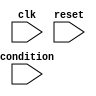
module loop_module(
    input wire clk,
    input wire reset,
    input wire condition,
    // Add any other input ports here
    
    // Add any output ports here
);

reg [7:0] counter;
reg loop_condition;

always @ (posedge clk or posedge reset) begin
    if (reset) begin
        counter <= 0;
        loop_condition <= 0;
    end else if (condition) begin
        // Add your specific set of statements here to be executed in the loop
        
        // Update counter or any other variables as needed
        
        // Example condition for loop termination
        if (counter == 8) begin
            loop_condition <= 0;
        end
    end
end

endmodule